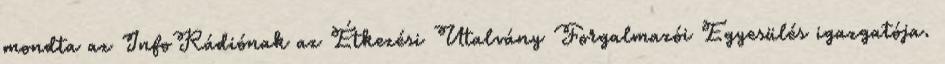
mondta az InfoRádiónak az Étkezési Utalvány Forgalmazói Egyesülés igazgatója.